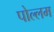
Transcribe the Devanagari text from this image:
पोल्लम